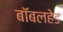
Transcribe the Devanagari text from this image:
बॉबलहेड